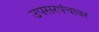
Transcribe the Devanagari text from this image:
उपसरपंचावर